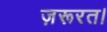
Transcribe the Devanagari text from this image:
ज़रूरत।